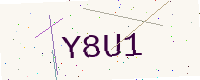
Text: Y8U1